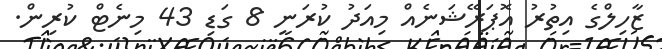
ޒާހިލްގެ އިތުރު އޮޕަރޭޝަނެއް މިއަދު ކުރަނީ 8 ގަޑި 43 މިނެޓް ކުރިން.